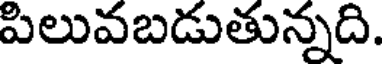
పిలువబడుతున్నది.